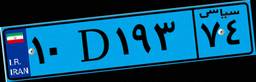
۲۹D۲۵۸۸۸